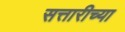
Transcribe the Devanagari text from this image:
सत्तारीच्या